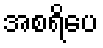
အစရိပေ